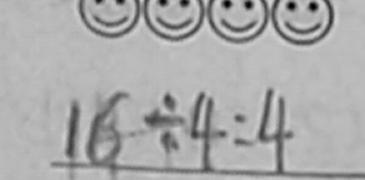
1 6 \div 4 = 4